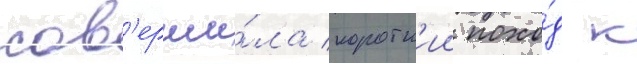
сов'ерши́ла коротк'ии похо́д к